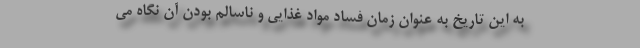
به این تاریخ به عنوان زمان فساد مواد غذایی و ناسالم بودن آن نگاه می